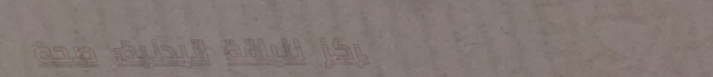
مركز للياقة البدنية: صحة